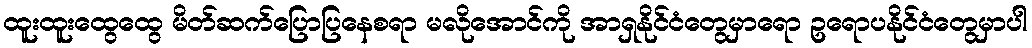
ထူးထူးထွေထွေ မိတ်ဆက်ပြောပြနေစရာ မလိုအောင်ကို အာရှနိုင်ငံတွေမှာရော ဥရောပနိုင်ငံတွေမှာပါ